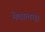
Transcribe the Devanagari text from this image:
मेघालय।